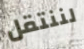
لننتقل